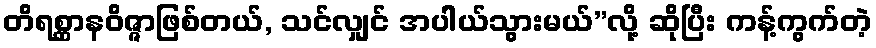
တိရစ္ဆာနဝိဇ္ဇာဖြစ်တယ်, သင်လျှင် အပါယ်သွားမယ်”လို့ ဆိုပြီး ကန့်ကွက်တဲ့